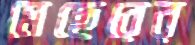
মেছেরের